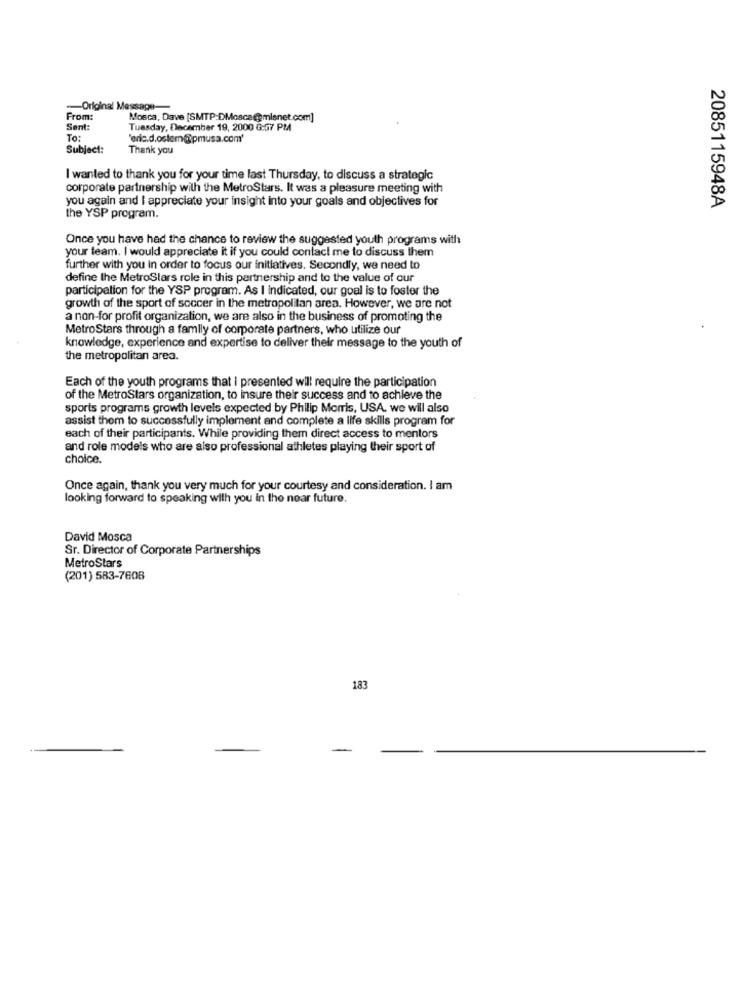
Original Message-
From:
Mosca, Dave [SMTP-DMosca@misnet.com]
Sent:
Tuesday, December 19, 2000 G:57 PM
To:
'eric.d.ostom@pmusa.com'
Subject:
Thank you
I wanted to thank you for your time last Thursday, to discuss a strategic
corporate partnership with the MetroStars. It was a pleasure meeting with
you again and I appreciate your insight into your goals and objectives for
2085115948A
the YSP program.
Once you have had the chance to review the suggested youth programs with
your team. I would appreciate it if you could contact me to discuss them
further with you in order to focus our initiatives. Secondly, we need to
define the MetroStars role in this partnership and to the value of our
participation for the YSP program. As I indicated, our goal is to foster the
growth of the sport of soccer in the metropolitan area. However, we are not
a non-for profit organization, we are also in the business of promoting the
MetroStars through a family of corporate partners, who utilize our
knowledge, experience and expertise to deliver their message to the youth of
the metropolitan area.
Each of the youth programs that I presented will require the participation
of the MetroStars organization, to insure their success and to achieve the
sports programs growth levels expected by Philip Morris, USA. we will also
assist them to successfully implement and complete a life skills program for
each of their participants. While providing thern direct access to mentors
and role models who are also professional athletes playing their sport of
choice.
Once again, thank you very much for your courtesy and consideration. I am
looking forward to speaking with you in the near future.
David Mosca
Sr. Director of Corporate Partnerships
MetroStars
(201) 583-7608
183
-
-